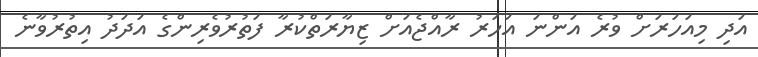
އަދި މިއަހަރަށް ވުރެ އަންނަ އަހަރު ރާއްޖެއަށް ޒިޔާރަތްކުރާ ފަތުރުވެރިންގެ އަދަދު އިތުރުވާނެ